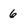
Character: 6